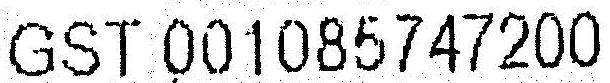
GST 001085747200